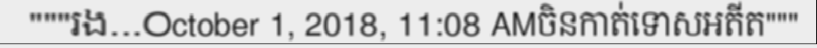
"""រង...October 1, 2018, 11:08 AMចិនកាត់ទោសអតីត"""